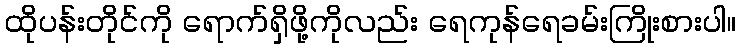
ထိုပန်းတိုင်ကို ရောက်ရှိဖို့ကိုလည်း ရေကုန်ရေခမ်းကြိုးစားပါ။